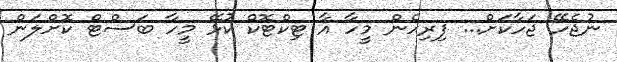
ނުޖެހޭ ޖަހާކަށް... ފިރިހެން މީހާ އާ ޓިކްޓޮކް ކުޅޭ މީހާ ބަސްޓް ކޮށްލަން